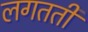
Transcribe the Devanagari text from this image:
लगतती